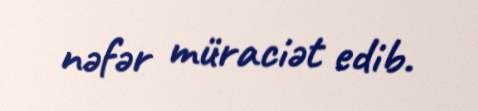
nəfər müraciət edib.